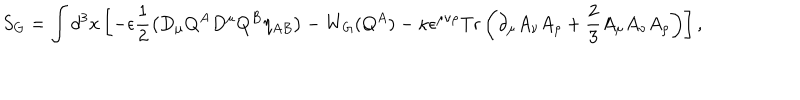
LaTeX: S _ { G } = \int d ^ { 3 } x \left[ - \epsilon \frac { 1 } { 2 } \left( D _ { \mu } Q ^ { A } D ^ { \mu } Q ^ { B } \eta _ { A B } \right) - W _ { G } ( Q ^ { A } ) - \kappa \epsilon ^ { \mu \nu \rho } \mathrm { T r } \left( \partial _ { \mu } A _ { \nu } A _ { \rho } + \frac { 2 } { 3 } A _ { \mu } A _ { \nu } A _ { \rho } \right) \right] ,